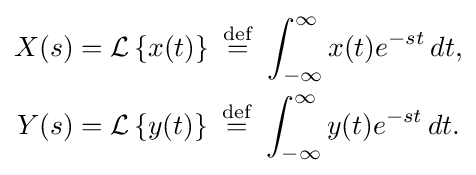
{\begin{aligned}X(s)&={\mathcal {L}}\left\{x(t)\right\}\ {\stackrel {\mathrm {def} }{=}}\ \int _{-\infty }^{\infty }x(t)e^{-st}\,dt,\\Y(s)&={\mathcal {L}}\left\{y(t)\right\}\ {\stackrel {\mathrm {def} }{=}}\ \int _{-\infty }^{\infty }y(t)e^{-st}\,dt.\end{aligned}}